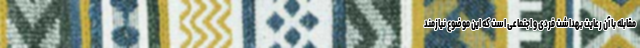
مقابله با آن رعایت بهداشت فردی و اجتماعی است که این موضوع نیازمند